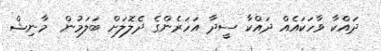
ދައްކާ ވާހަކައެއް ދައްކާ ސީދާ އަހަރެންގެ ދެލޮލަށް ބަލަމުން  މާނިޝް